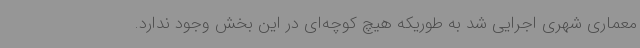
معماری شهری اجرایی شد به طوریکه هیچ کوچه‌ای در این بخش وجود ندارد.